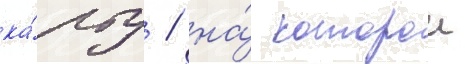
ка́рту / на́ которои